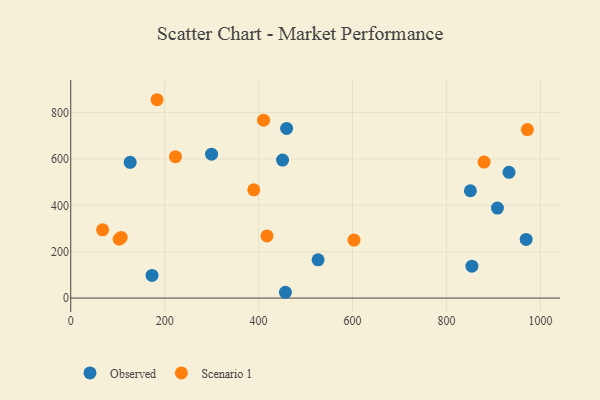
{"axis": {"x": "Investment", "y": "Sales"}, "legend": ["Observed", "Scenario 1"], "data": [{"x": "459.7", "y": 731.3, "type": "Observed"}, {"x": "126.5", "y": 585.1, "type": "Observed"}, {"x": "908.6", "y": 388.2, "type": "Observed"}, {"x": "299.9", "y": 620.4, "type": "Observed"}, {"x": "173.1", "y": 97.5, "type": "Observed"}, {"x": "451.0", "y": 595.2, "type": "Observed"}, {"x": "854.2", "y": 137.4, "type": "Observed"}, {"x": "851.0", "y": 462.7, "type": "Observed"}, {"x": "933.2", "y": 542.1, "type": "Observed"}, {"x": "526.7", "y": 165.0, "type": "Observed"}, {"x": "457.1", "y": 25.0, "type": "Observed"}, {"x": "969.7", "y": 252.8, "type": "Observed"}, {"x": "603.2", "y": 250.1, "type": "Scenario 1"}, {"x": "223.0", "y": 609.8, "type": "Scenario 1"}, {"x": "103.2", "y": 253.8, "type": "Scenario 1"}, {"x": "417.9", "y": 267.9, "type": "Scenario 1"}, {"x": "880.2", "y": 586.2, "type": "Scenario 1"}, {"x": "183.8", "y": 855.2, "type": "Scenario 1"}, {"x": "107.4", "y": 261.6, "type": "Scenario 1"}, {"x": "389.7", "y": 466.6, "type": "Scenario 1"}, {"x": "67.9", "y": 294.4, "type": "Scenario 1"}, {"x": "972.3", "y": 726.3, "type": "Scenario 1"}, {"x": "410.6", "y": 766.9, "type": "Scenario 1"}]}